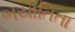
ભયાતિતા